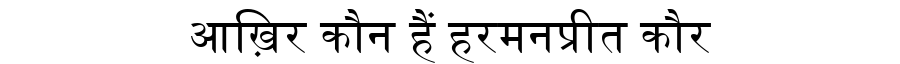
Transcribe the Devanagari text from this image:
आख़िर कौन हैं हरमनप्रीत कौर